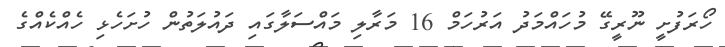
ހޯރަފުށީ ނޫރީގޭ މުހައްމަދު އަރުހަމް 16 މަރާލި މައްސަލާގައި ދައުލަތުން ހުށަހެޅި ހެއްކެއްގެ